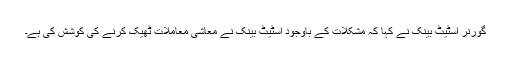
گورنر اسٹیٹ بینک نے کہا کہ مشکلات کے باوجود اسٹیٹ بینک نے معاشی معاملات ٹھیک کرنے کی کوشش کی ہے۔